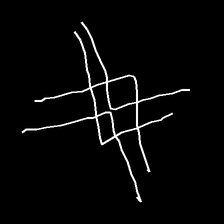
Glyph: crystal